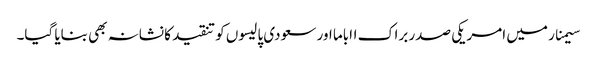
سیمنار میں امریکی صدر براک ااباما اور سعودی پالیسوں کو تنقید کا نشانہ بھی بنایا گیا۔